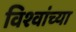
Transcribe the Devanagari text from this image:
विश्वांच्या